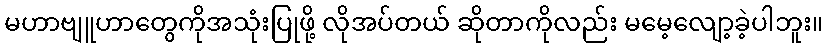
မဟာဗျူဟာတွေကိုအသုံးပြုဖို့ လိုအပ်တယ် ဆိုတာကိုလည်း မမေ့လျော့ခဲ့ပါဘူး။